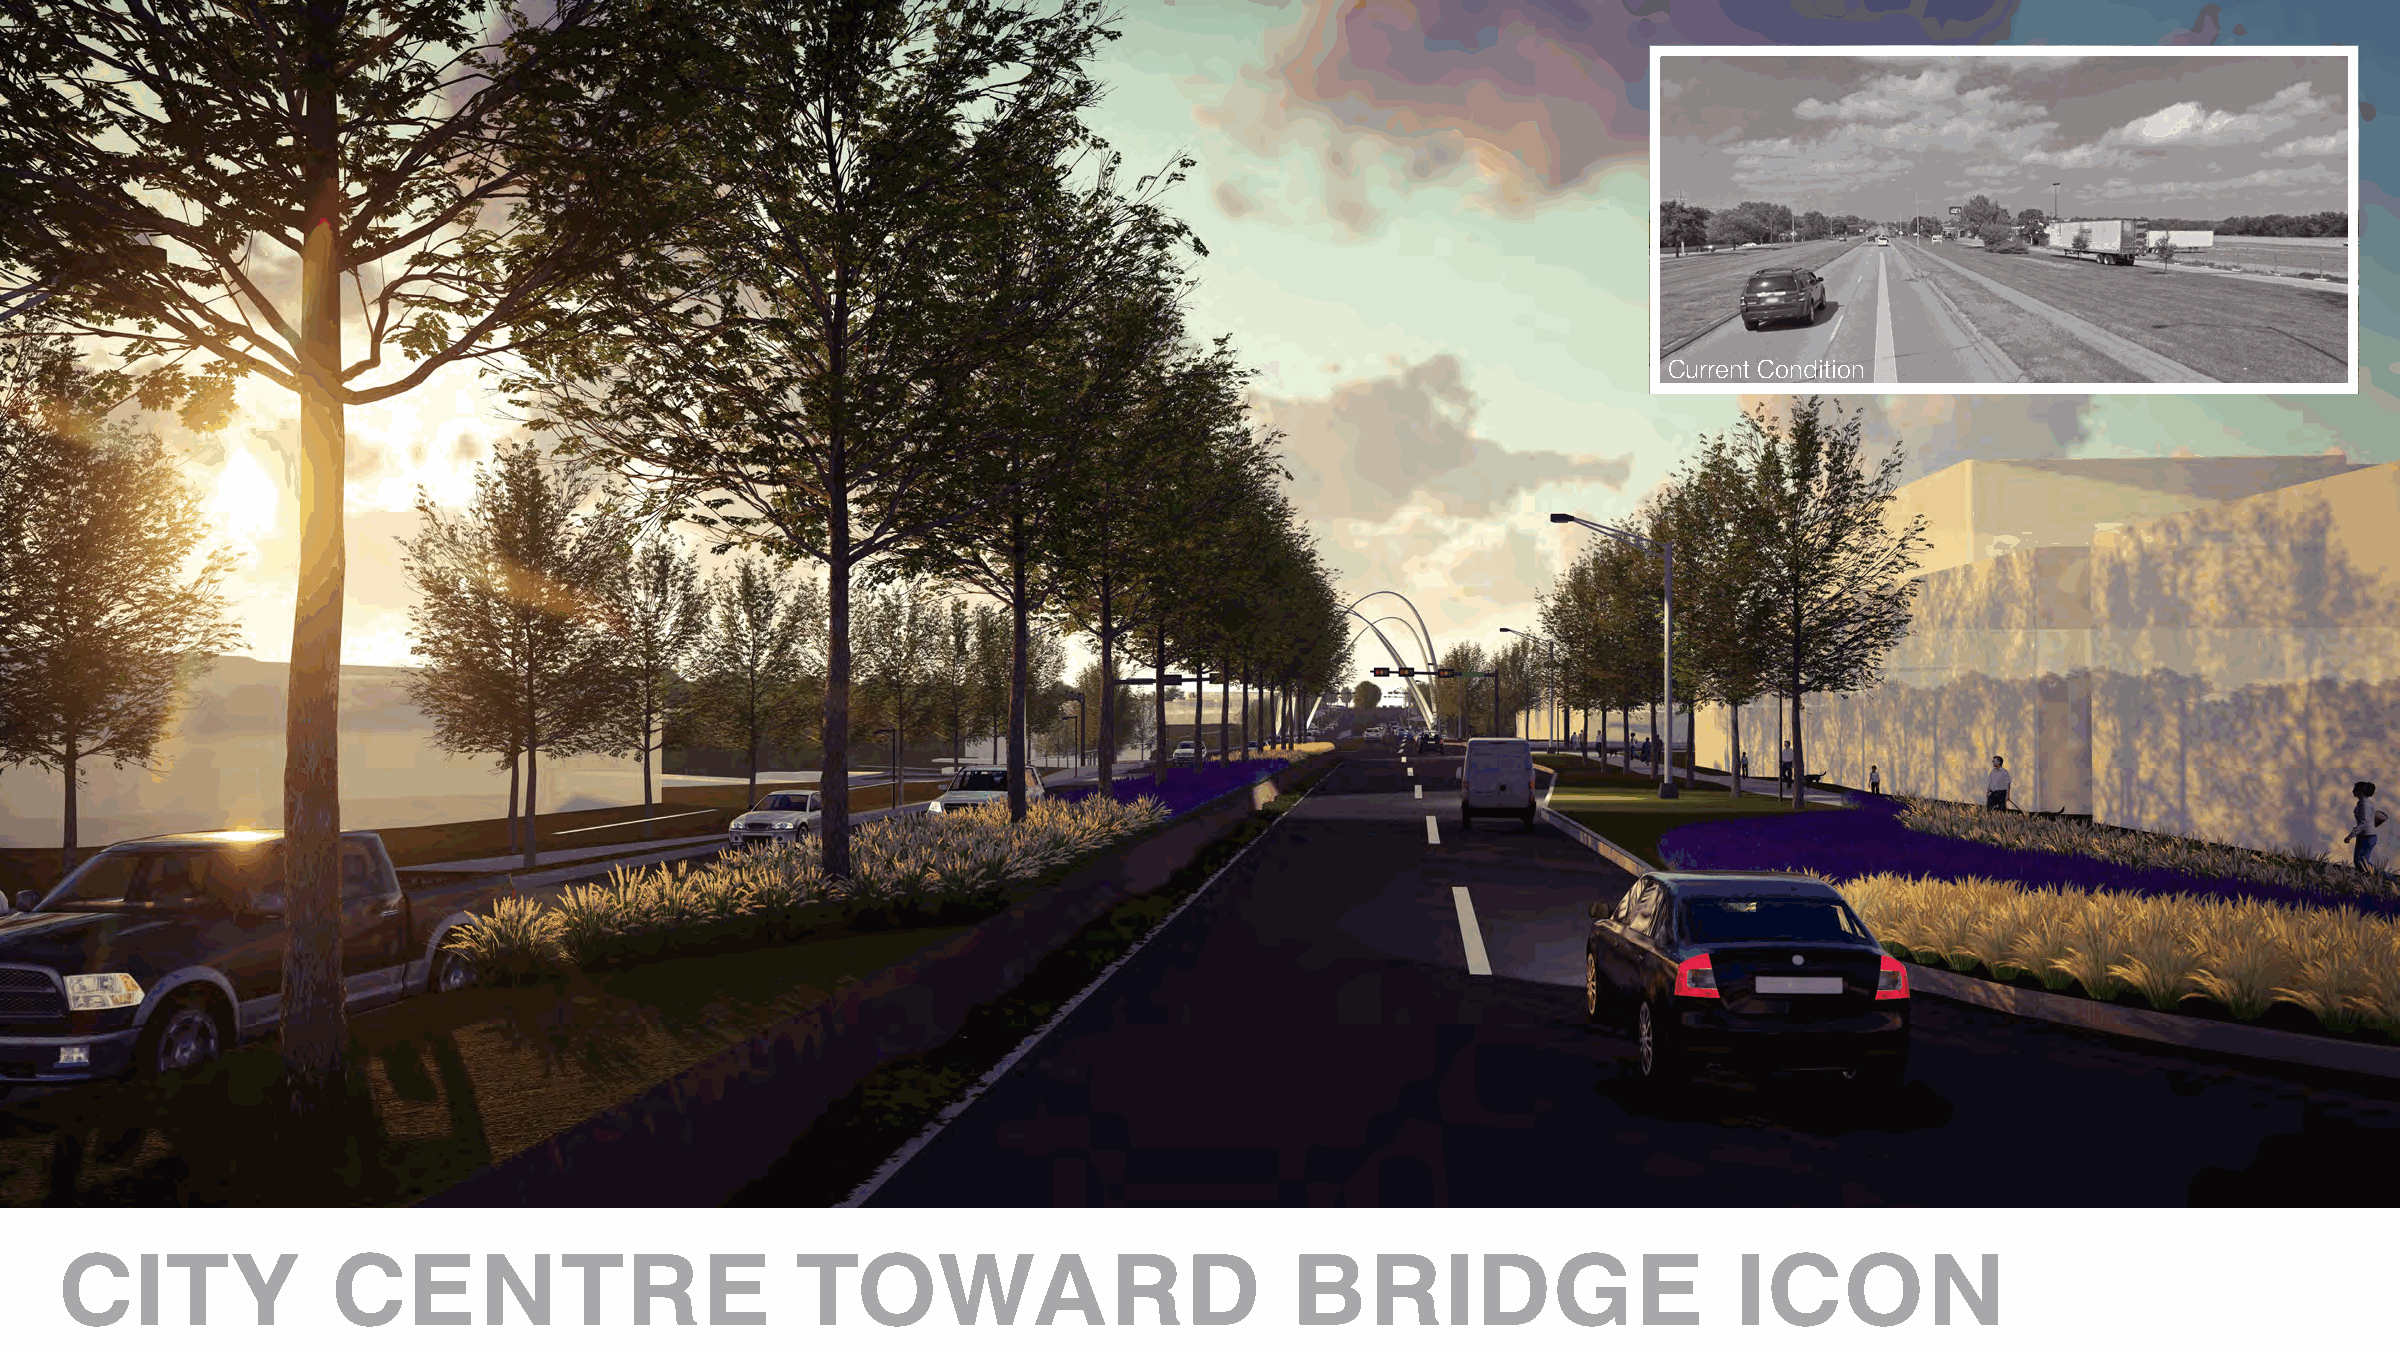
Current Condition
 CITY              CENTRE                         TOWARD                          BRIDGE                        ICON